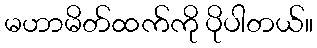
မဟာမိတ်ထက်ကို ပိုပါတယ်။